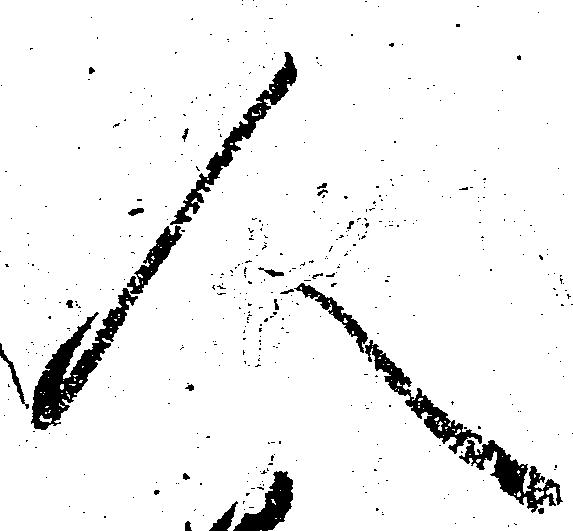
人